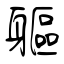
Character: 軀